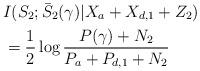
LaTeX: \begin{align*}&I(S_2;\bar{S}_2(\gamma)|X_a+X_{d,1}+Z_2)\\&=\frac{1}{2}\log\frac{P(\gamma)+N_2}{P_a+P_{d,1}+N_2}\end{align*}